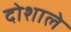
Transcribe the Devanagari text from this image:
दोशाले